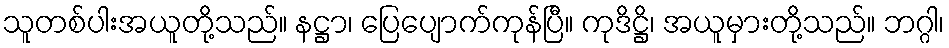
သူတစ်ပါးအယူတို့သည်။ နဋ္ဌာ၊ ပြေပျောက်ကုန်ပြီ။ ကုဒိဋ္ဌိ၊ အယူမှားတို့သည်။ ဘဂ္ဂါ၊